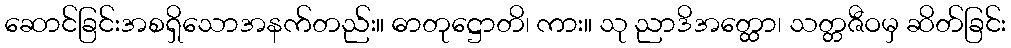
ဆောင်ခြင်းအစရှိသောအနက်တည်း။ ဓာတုဋ္ဌောတိ၊ ကား။ သု ညာဒိအတ္ထော၊ သတ္တဇီဝမှ ဆိတ်ခြင်း